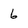
Character: 6